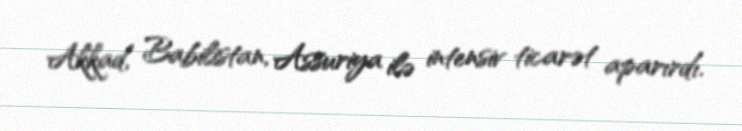
Akkad, Babilistan, Assuriya ilə intensiv ticarət aparırdı.